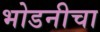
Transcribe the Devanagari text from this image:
भोडनीचा